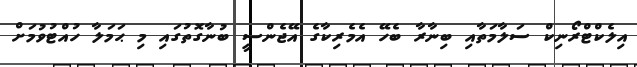
އިލެކްޓްރޯނިކް ސަލާމަތާއި ބިނާރާ ބެހޭ އެމެރިކާގެ އޭޖެންސީ ބުނާގޮތުގައި މި ޙަމަލާ ހުއްޓުވުމަށް